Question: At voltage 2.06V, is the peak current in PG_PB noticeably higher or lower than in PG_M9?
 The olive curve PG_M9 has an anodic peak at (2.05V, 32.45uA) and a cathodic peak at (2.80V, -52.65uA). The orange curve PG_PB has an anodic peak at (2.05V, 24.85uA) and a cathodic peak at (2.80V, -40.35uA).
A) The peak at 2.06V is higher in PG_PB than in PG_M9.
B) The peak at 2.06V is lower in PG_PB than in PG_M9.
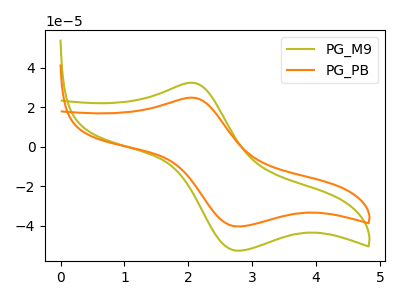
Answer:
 <answer>B) The peak at 2.06V is lower in "PG_PB" than in "PG_M9".</answer>
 <eval>B</eval>